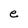
Character: e